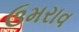
ઉમરાવ